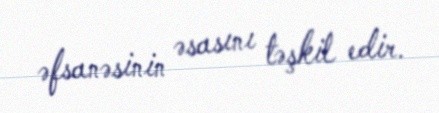
əfsanəsinin əsasını təşkil edir.